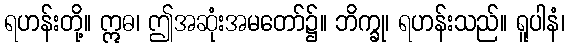
ရဟန်းတို့။ ဣဓ၊ ဤအဆုံးအမတော်၌။ ဘိက္ခု၊ ရဟန်းသည်။ ရူပါနံ၊